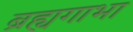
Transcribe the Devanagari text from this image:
ब्रह्यगाभा